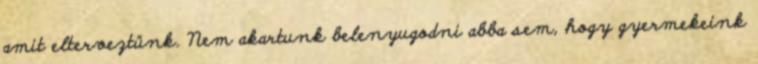
amit elterveztünk. Nem akartunk belenyugodni abba sem, hogy gyermekeink